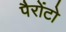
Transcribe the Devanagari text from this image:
पैरोंटो